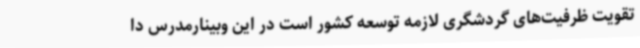
تقویت ظرفیت‌های گردشگری لازمه توسعه کشور است در این وبینارمدرس دا